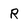
Character: R